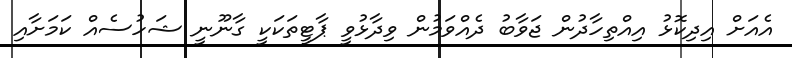
އެއަށް އިދިކޮޅު އިއްތިހާދުން ޖަވާބު ދެއްވަމުން ވިދާޅުވީ ޕާޓީތަކަކީ ގާނޫނީ ޝަހުސެއް ކަމަށާއި